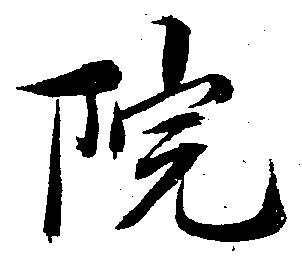
院